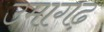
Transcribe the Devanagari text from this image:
उमागढ़